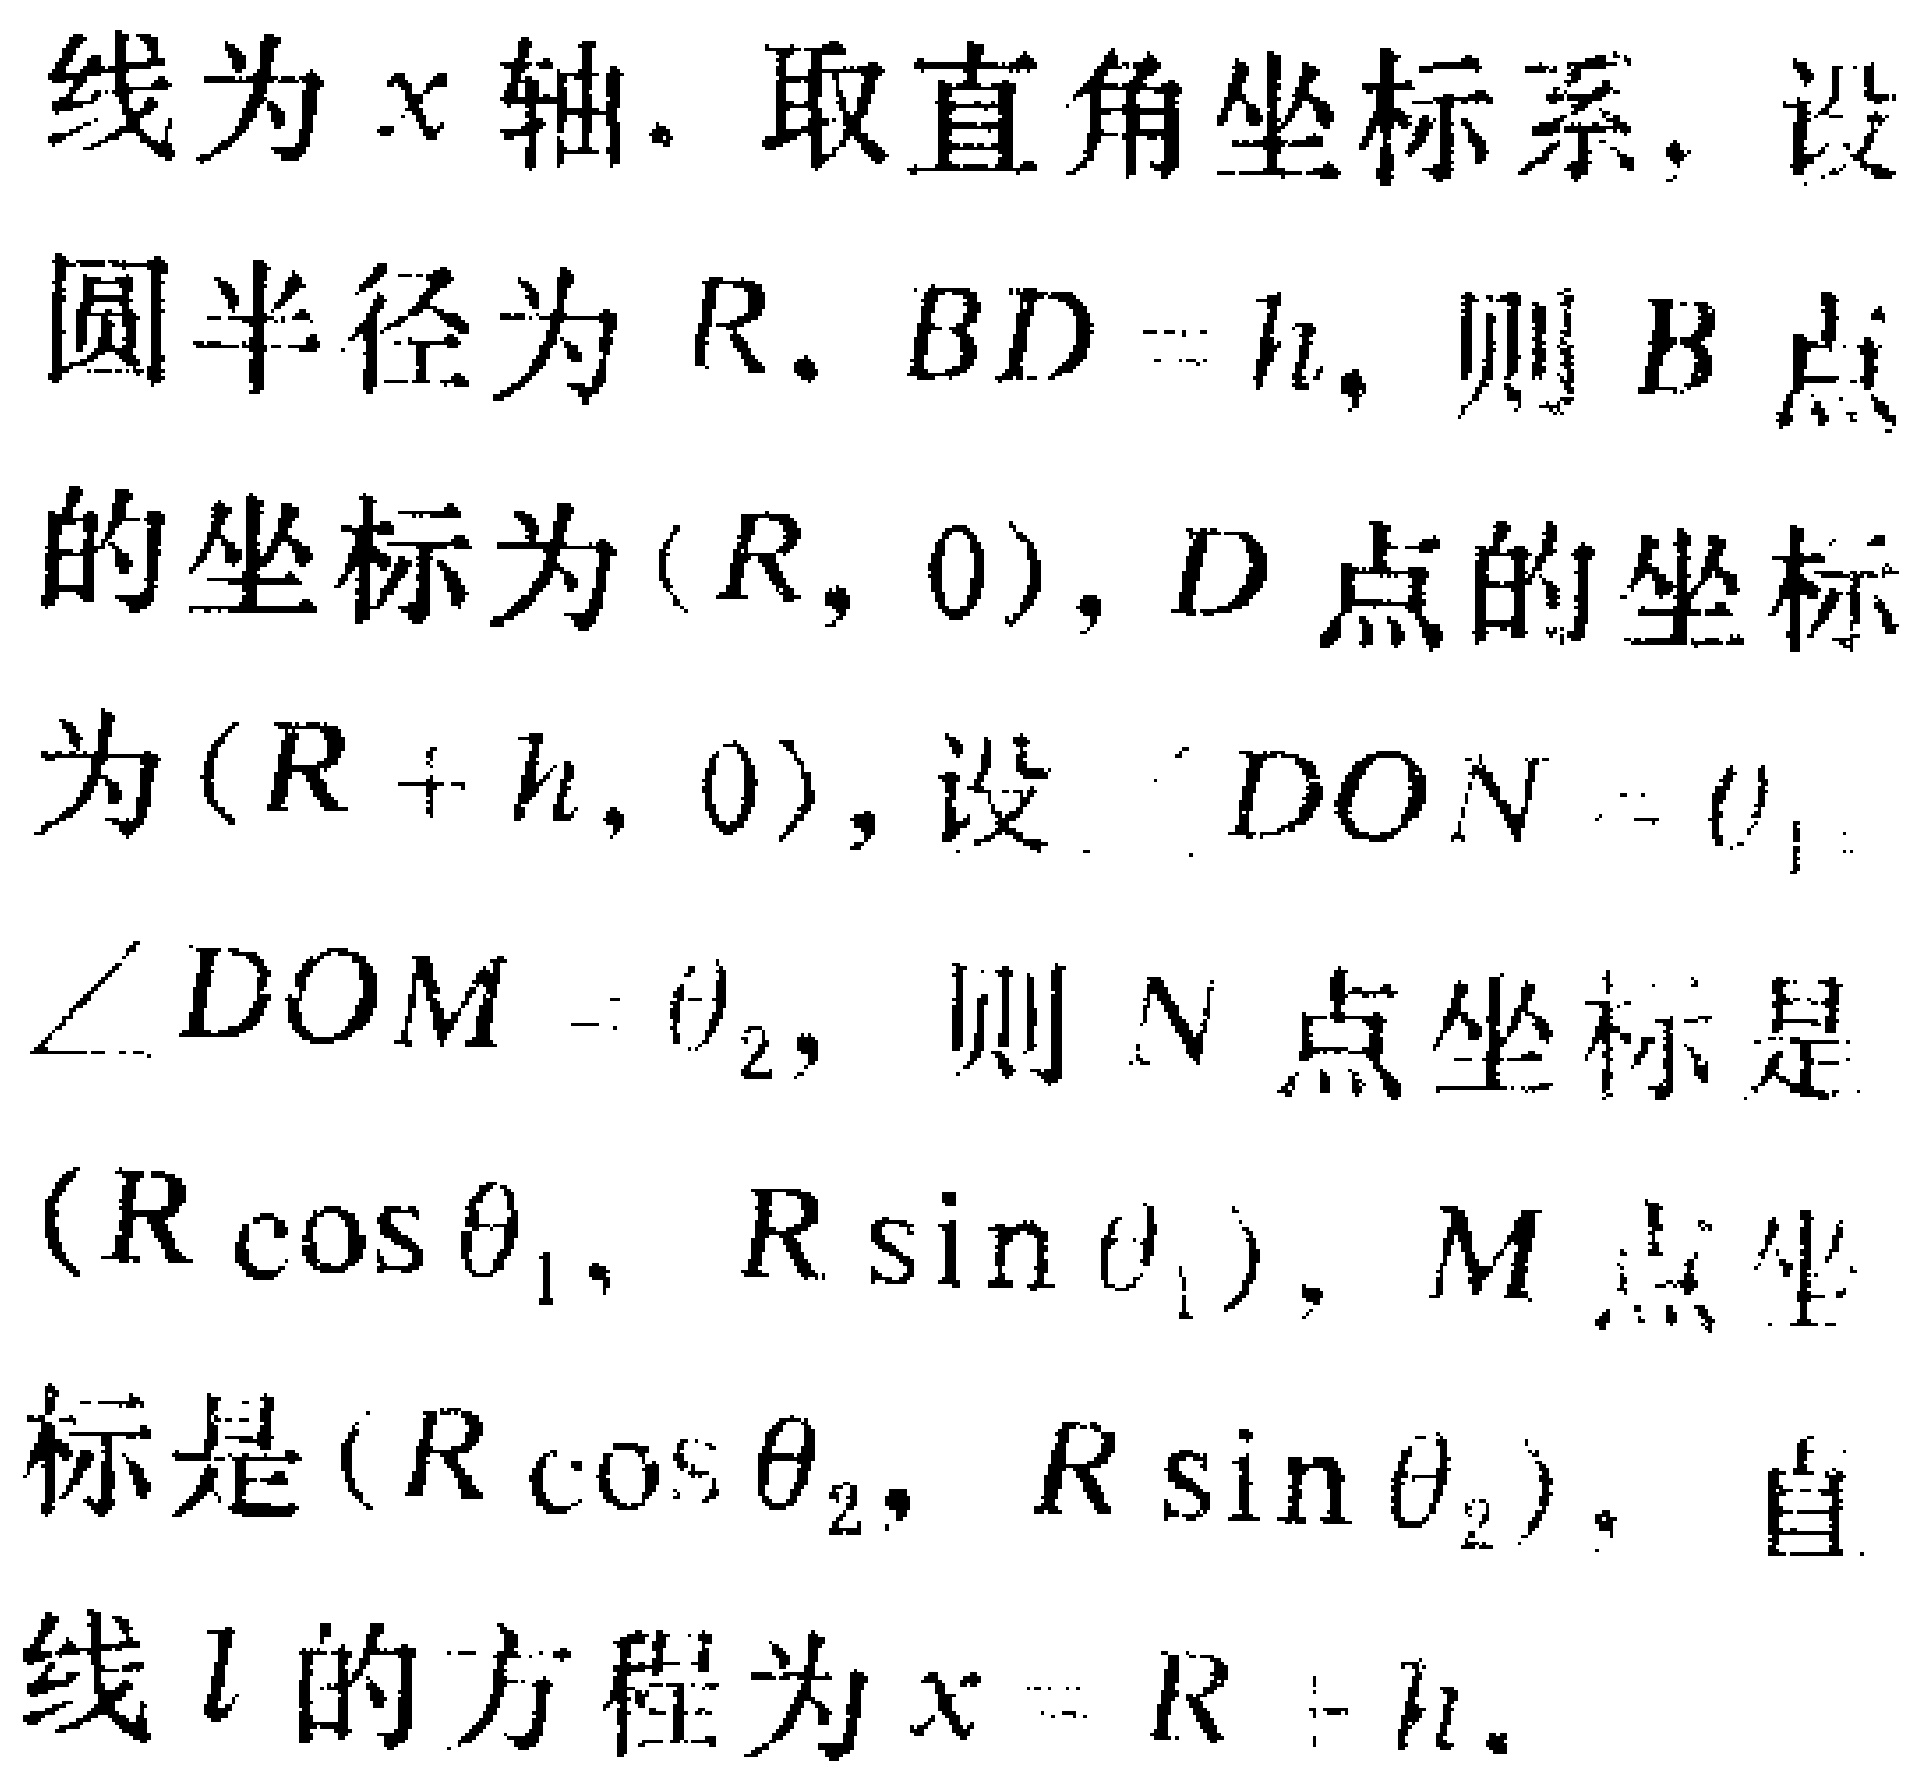
线为\(x\)轴. 取直角坐标系, 设
圆半径为\(R\). \(BD = h\), 则\(B\)点
的坐标为\((R,0)\), \(D\)点的坐标
为\((R + h,0)\), 设\(\angle DON=\theta_{1}\)
\(\angle DOM=\theta_{2}\), 则\(N\)点坐标是
\((R\cos\theta_{1},R\sin\theta_{1})\), \(M\)点坐
标是\((R\cos\theta_{2},R\sin\theta_{2})\). 直
线\(l\)的方程为\(x = R + h\).